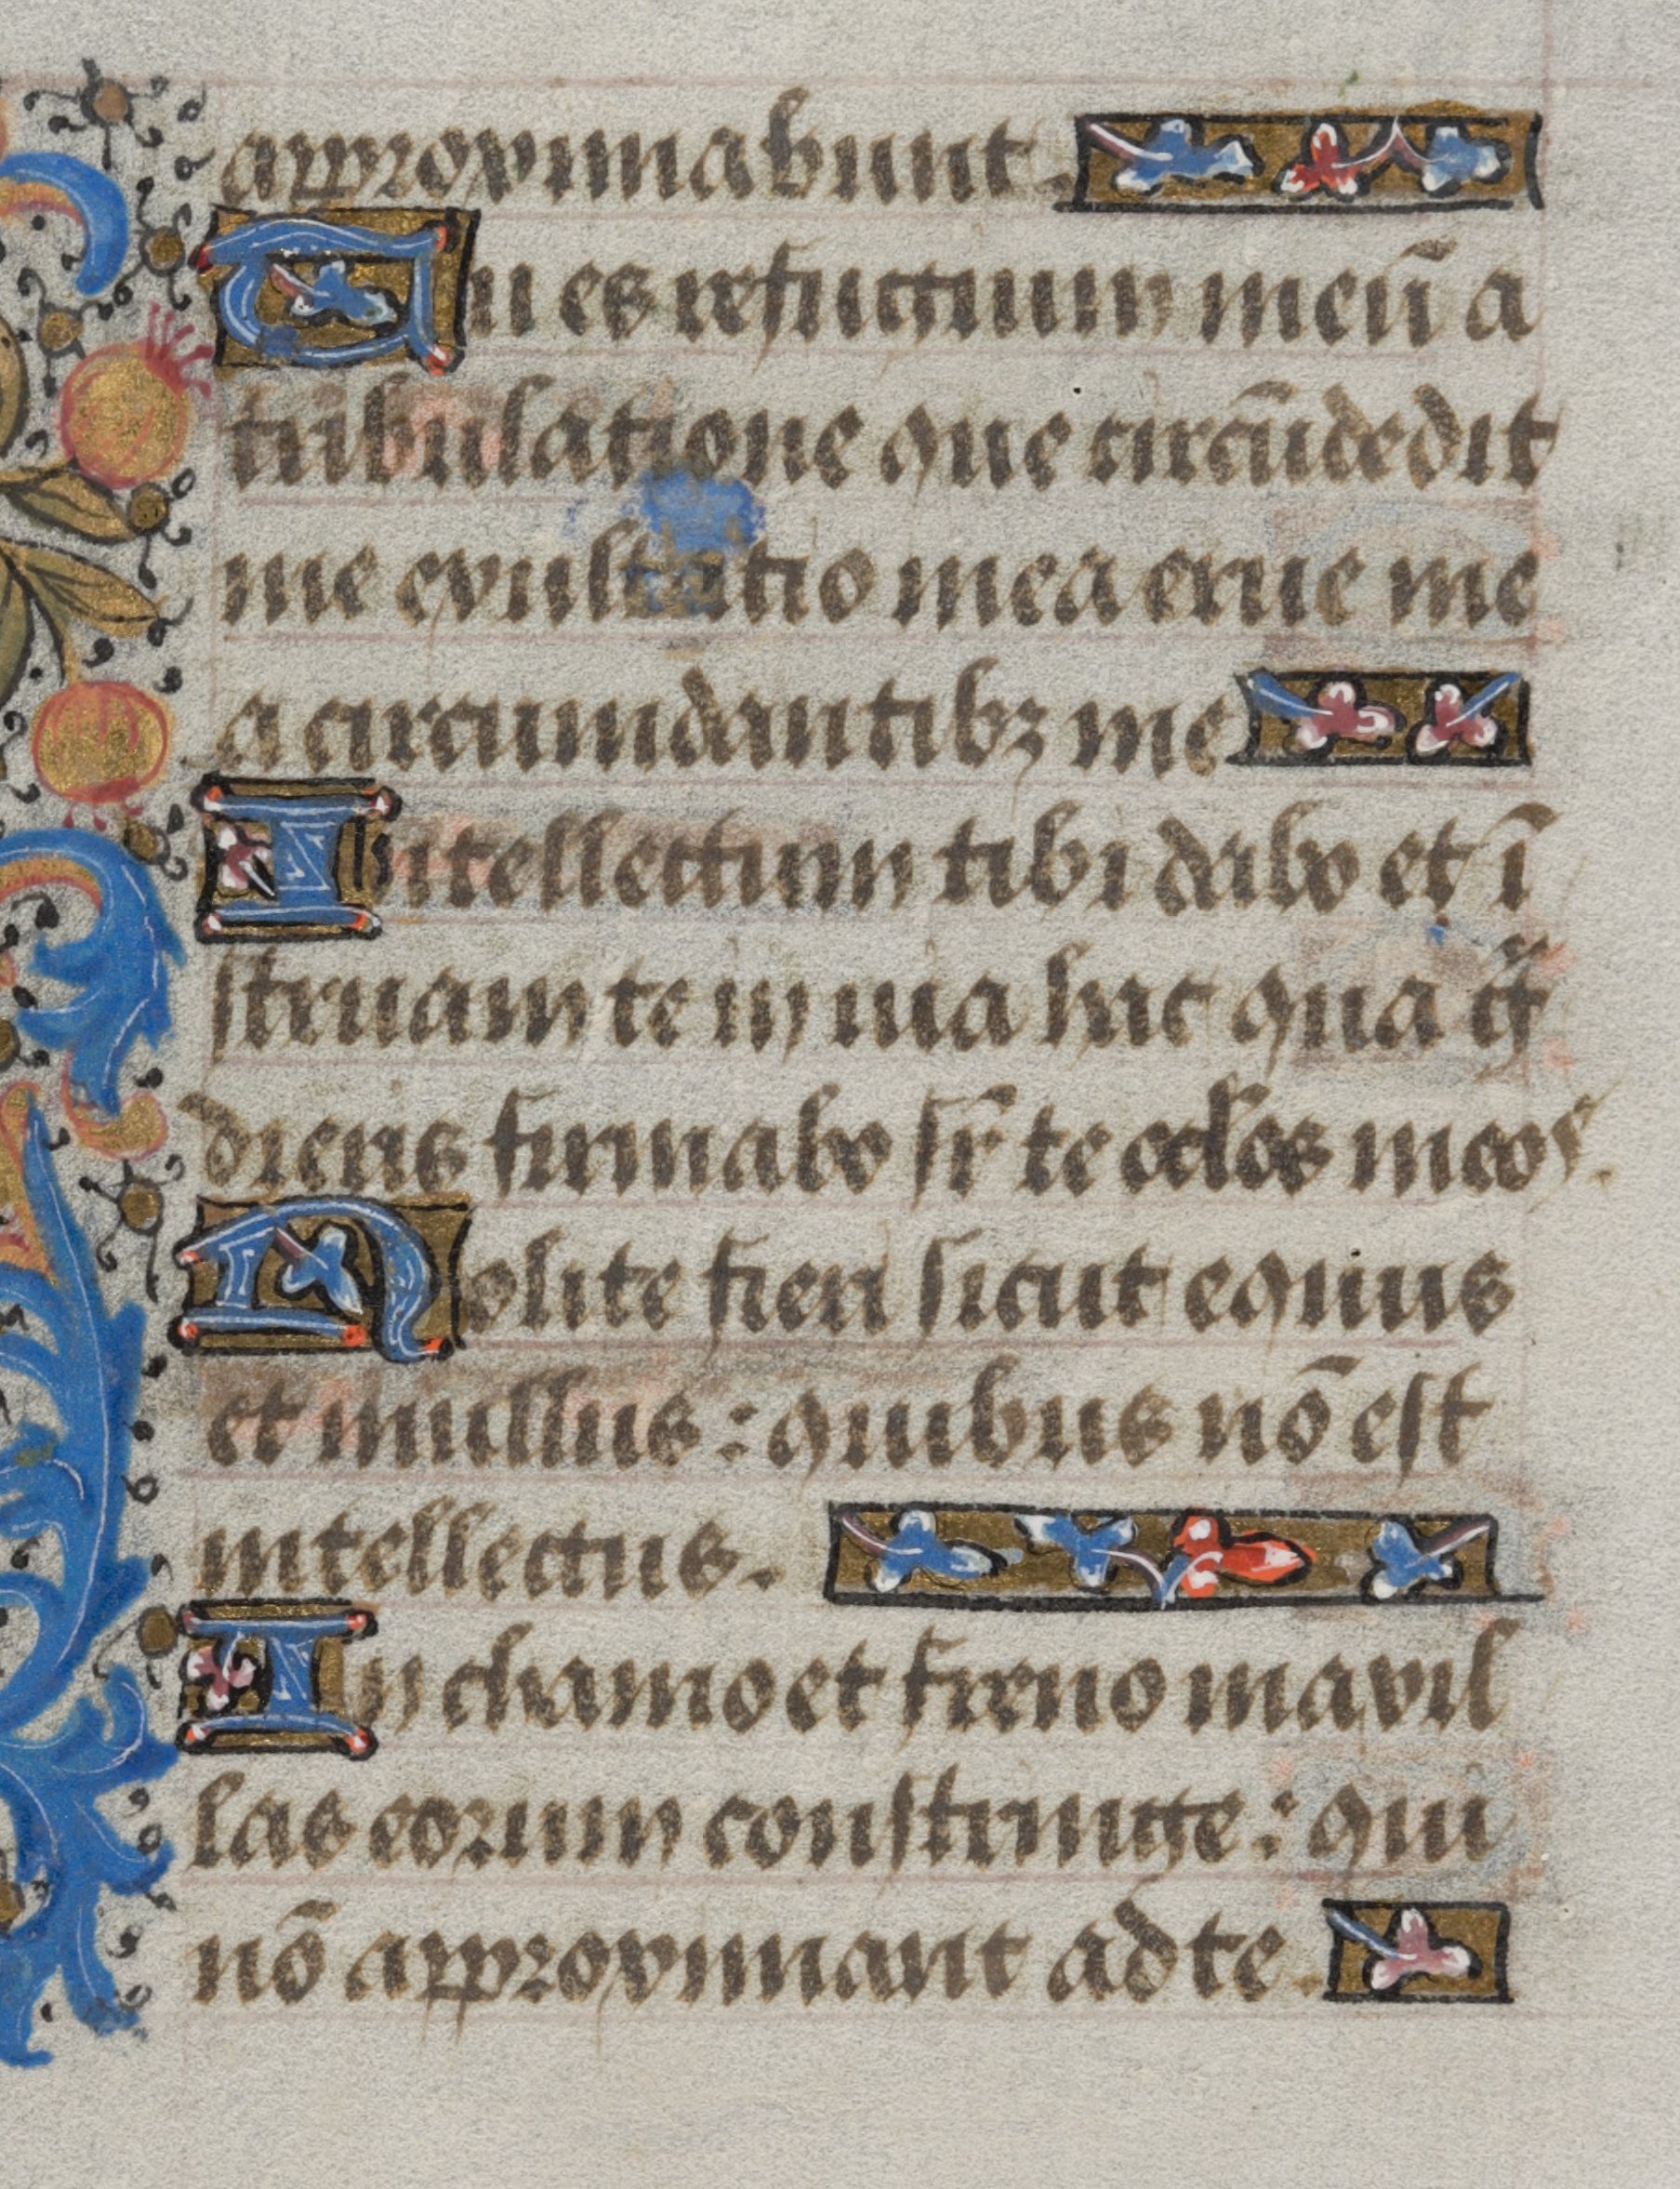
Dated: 1450–1474